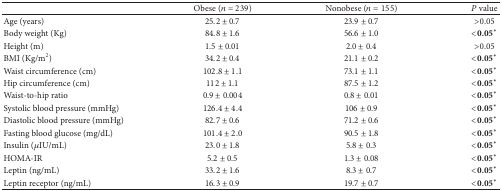
<table><thead><tr><td><b> </b></td><td><b>Obese (<i>n</i> = 239)</b></td><td><b>Nonobese (<i>n</i> = 155) </b></td><td><b><i>P</i> value</b></td></tr></thead><tbody><tr><td>Age (years)</td><td>25.2 ± 0.7</td><td>23.9 ± 0.7</td><td>&gt;0.05</td></tr><tr><td>Body weight (Kg)</td><td>84.8 ± 1.6</td><td>56.6 ± 1.0</td><td><b>&lt;0.05*</b></td></tr><tr><td>Height (m)</td><td>1.5 ± 0.01</td><td>2.0 ± 0.4</td><td>&gt;0.05</td></tr><tr><td>BMI (Kg/m<sup>2</sup>)</td><td>34.2 ± 0.4</td><td>21.1 ± 0.2</td><td><b>&lt;0.05*</b></td></tr><tr><td>Waist circumference (cm)</td><td>102.8 ± 1.1</td><td>73.1 ± 1.1</td><td><b>&lt;0.05*</b></td></tr><tr><td>Hip circumference (cm)</td><td>112 ± 1.1</td><td>87.5 ± 1.2</td><td><b>&lt;0.05*</b></td></tr><tr><td>Waist-to-hip ratio</td><td>0.9 ± 0.004</td><td>0.8 ± 0.01</td><td><b>&lt;0.05*</b></td></tr><tr><td>Systolic blood pressure (mmHg)</td><td>126.4 ± 4.4</td><td>106 ± 0.9</td><td><b>&lt;0.05*</b></td></tr><tr><td>Diastolic blood pressure (mmHg)</td><td>82.7 ± 0.6</td><td>71.2 ± 0.6</td><td><b>&lt;0.05*</b></td></tr><tr><td>Fasting blood glucose (mg/dL)</td><td>101.4 ± 2.0</td><td>90.5 ± 1.8</td><td><b>&lt;0.05*</b></td></tr><tr><td>Insulin (<i>μ</i>IU/mL)</td><td>23.0 ± 1.8</td><td>5.8 ± 0.3</td><td><b>&lt;0.05*</b></td></tr><tr><td>HOMA-IR</td><td>5.2 ± 0.5</td><td>1.3 ± 0.08</td><td><b>&lt;0.05*</b></td></tr><tr><td>Leptin (ng/mL)</td><td>33.2 ± 1.6</td><td>8.3 ± 0.7</td><td><b>&lt;0.05*</b></td></tr><tr><td>Leptin receptor (ng/mL)</td><td>16.3 ± 0.9</td><td>19.7 ± 0.7</td><td><b>&lt;0.05*</b></td></tr></tbody></table>